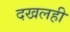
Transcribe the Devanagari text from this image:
दखलही